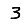
Digit: 3